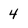
Character: 4